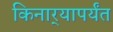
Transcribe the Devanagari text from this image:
किनार्‍यापर्यंत